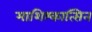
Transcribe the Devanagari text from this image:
माशिश्कात्सिन